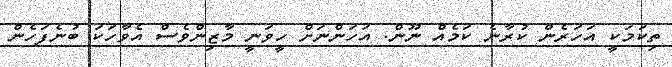
ތިކަމަކީ އަހަރެން ކުރާނެ ކަމެއް ނޫން. އަހަންނަށް ހީވަނީ މާޒިންވެސް އެވާހަކަ ބުނެފަހެން